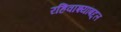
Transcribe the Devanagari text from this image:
रहिवाश्यांबद्दल